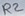
Text: R2